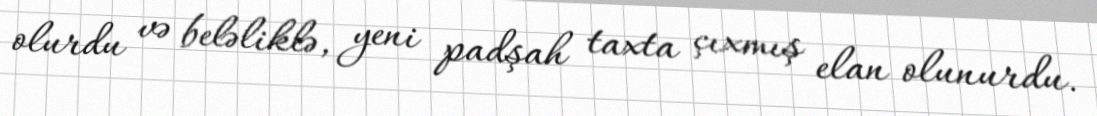
olurdu və beləliklə, yeni padşah taxta çıxmış elan olunurdu.